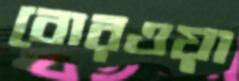
বোরওয়া